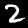
Digit: 2